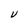
Character: V